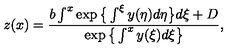
z ( x ) = \frac { b \int ^ { x } \exp \big \{ \int ^ { \xi } y ( \eta ) d \eta \big \} d \xi + D } { \exp \big \{ \int ^ { x } y ( \xi ) d \xi \big \} } ,